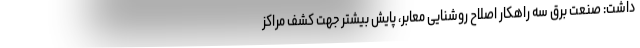
داشت: صنعت برق سه راهکار اصلاح روشنایی معابر، پایش بیشتر جهت کشف مراکز